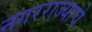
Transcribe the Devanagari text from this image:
नगरराज्याचे